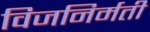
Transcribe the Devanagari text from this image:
विजनिर्मती